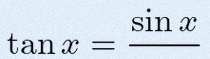
\tan x=\frac{\sin x}{\cos x}